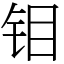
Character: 钼